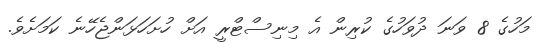
މަހުގެ 8 ވަނަ ދުވަހުގެ ކުރިން އެ މިނިސްޓްރީ އަށް ހުށަހަޅަންޖެހޭނެ ކަމަށެވެ.